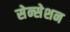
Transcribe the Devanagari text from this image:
सेन्सेशन